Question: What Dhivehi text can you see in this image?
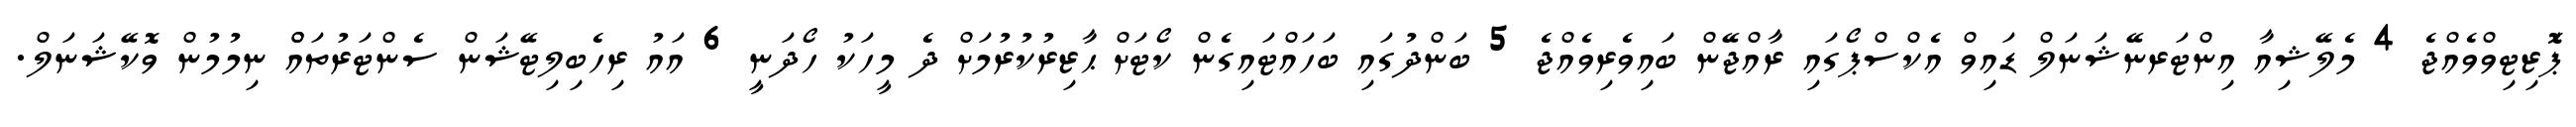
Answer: ޕަޮޒިޓިވްވެއްޖެ 4 މެލޭޝިއާ އިންޓަރނޭޝަނަލް ޑައިވް އެކްސްޕޯގައި ރާއްޖޭން ބައިވެރިވެއްޖެ 5 ބަންދުގައި ބަހައްޓައިގެން ކޯޓަށް ޙާޒިރުކުރުމަށް ދެ މީހަކު ހޯދަނީ 6 އައު ރިހެބިލިޓޭޝަން ސެންޓަރުތައްް ނިމުމުން ވޮކޭޝަނަލް.